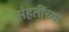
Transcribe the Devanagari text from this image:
संहतींच्या